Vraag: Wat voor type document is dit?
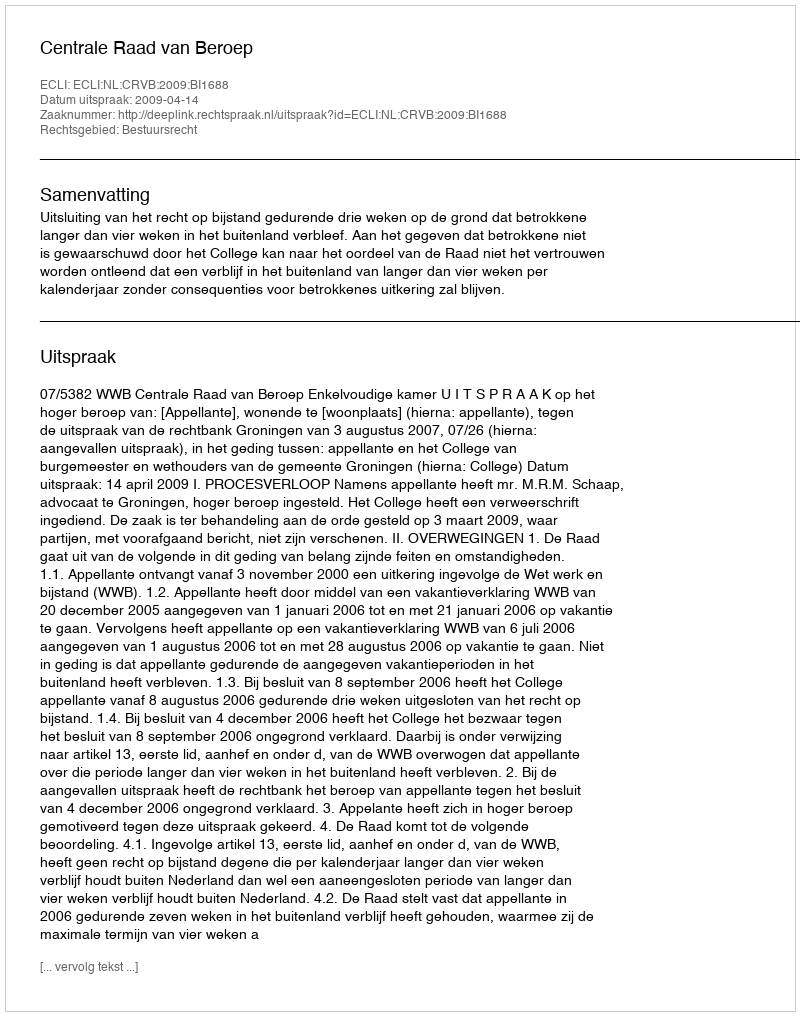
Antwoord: Uitspraak